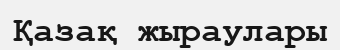
Қазақ жыраулары